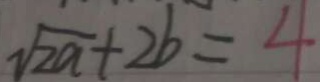
\sqrt { 2 a } + 2 b = 4